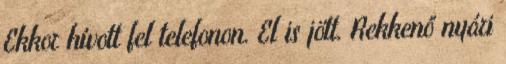
Ekkor hívott fel telefonon. El is jött. Rekkenő nyári